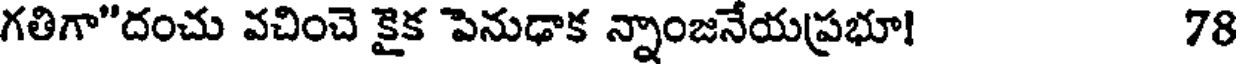
గతిగా"దంచు వచించె కైక పెనుఢాక న్నాంజనేయప్రభూ! 78